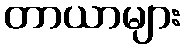
တာယာများ